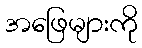
အဖြေများကို